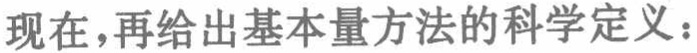
现在，再给出基本量方法的科学定义：